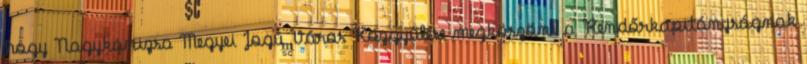
hogy Nagykanizsa Megyei Jogú Város Közgyűlése megköszöni a Rendőrkapitányságnak